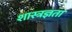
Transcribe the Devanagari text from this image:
शास्त्रज्ञता